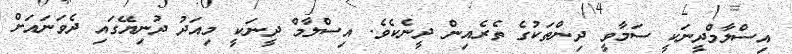
އިސްލާމްދީނަކީ ސަމާވީ ދިންތަކުގެ ތެރެއިން ދީނެކެވެ. އިސްލާމް ދީނަކީ މިއަދު ދުނިޔޭގައި ދެވަނައަށް